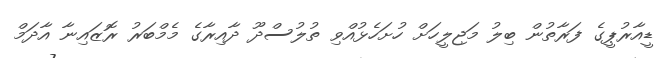
ޑީއާރުޕީގެ ފަރާތުން ބިލު މަޖިލީހަށް ހުށަހެޅުއްވި ތުލުސްދޫ ދާއިރާގެ މެމްބަރު ރޮޒައިނާ އާދަމް